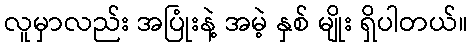
လူမှာလည်း အပြုံးနဲ့ အမဲ့ နှစ် မျိုး ရှိပါတယ်။